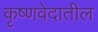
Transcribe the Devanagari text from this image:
कृष्णवेदातील